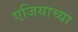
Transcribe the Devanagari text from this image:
एजियाच्या